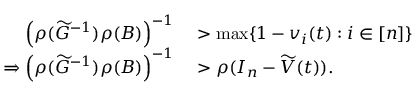
\begin{array} { r l } { \left( \rho ( \widetilde G ^ { - 1 } ) \rho ( B ) \right) ^ { - 1 } } & { { } > \operatorname* { m a x } \{ 1 - v _ { i } ( t ) : i \in [ n ] \} } \\ { \Rightarrow \left( \rho ( \widetilde G ^ { - 1 } ) \rho ( B ) \right) ^ { - 1 } } & { { } > \rho ( I _ { n } - \widetilde V ( t ) ) . } \end{array}